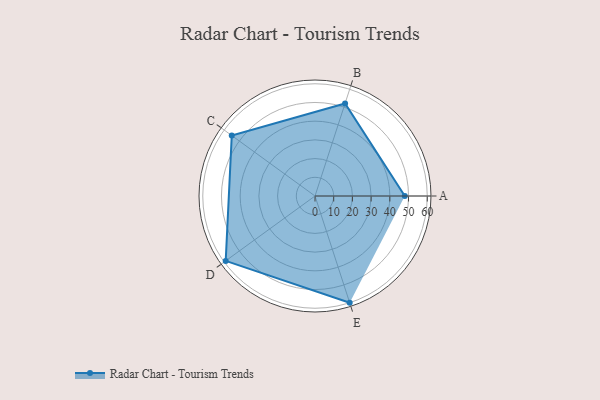
{"axis": {"x": "Skill", "y": "Score"}, "legend": ["Profile"], "data": [{"x": "A", "y": 48.0, "type": "Profile"}, {"x": "B", "y": 52.0, "type": "Profile"}, {"x": "C", "y": 55.0, "type": "Profile"}, {"x": "D", "y": 59.0, "type": "Profile"}, {"x": "E", "y": 60.0, "type": "Profile"}]}